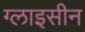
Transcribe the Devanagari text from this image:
ग्लाइसीन